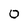
Character: 0